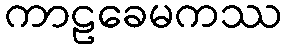
ကာဠခေမကဿ